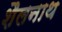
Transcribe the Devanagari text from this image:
शैलनाथ